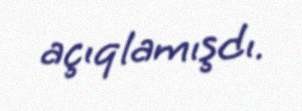
açıqlamışdı.